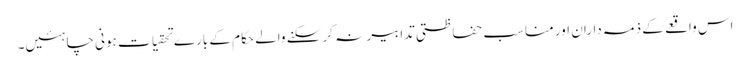
اس واقعے کے ذمہ داران اور مناسب حفاظتی تدابیر نہ کر سکنے والے حکام کے بارے تحقیات ہونی چاہئیں۔